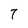
Character: 7